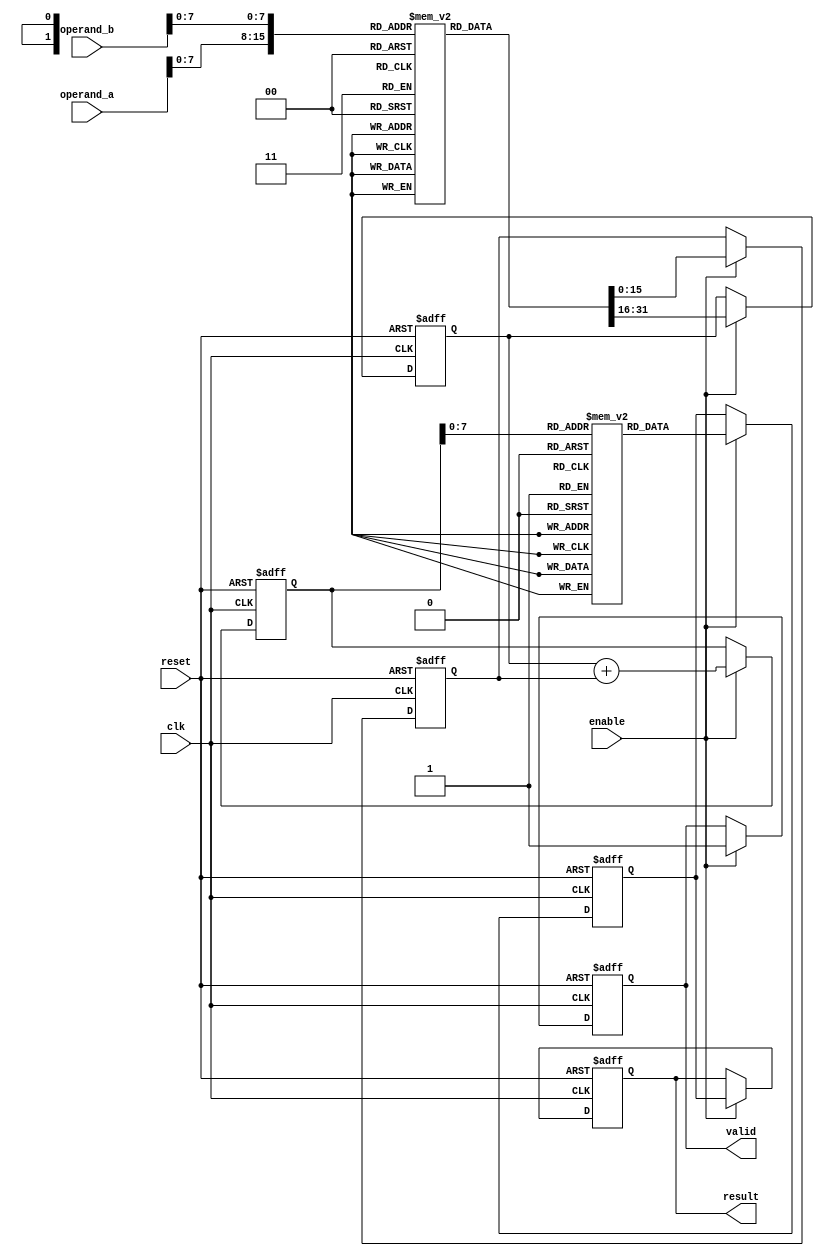
module LogarithmicMultiplier (
    input wire clk,
    input wire reset,
    input wire enable,
    input wire [15:0] operand_a, // input operand A
    input wire [15:0] operand_b, // input operand B
    output reg [31:0] result,     // output result
    output reg valid               // output valid signal
);

// Logarithm and Exponential LUTs (example values for base 2)
reg [15:0] log_lut [0:255]; // Logarithm Lookup Table
reg [31:0] exp_lut [0:255]; // Exponential Lookup Table

// Initialize LUTs (this should be done in a separate initialization block)
initial begin
    // Fill logarithm LUT (base 2) for 0 to 255
    // log_lut[i] = log2(i) * scale_factor (scale_factor for fixed-point representation)
    // Example values, you would need to compute these for your specific base and precision
    log_lut[0] = 16'hFFFF; // log(0) is undefined
    // ... Fill with appropriate logarithm values ...
    
    // Fill exponential LUT (base 2)
    // exp_lut[i] = 2^i (scaled appropriately)
    // Example values, you would need to compute these for your specific base and precision
    exp_lut[0] = 32'h00000001; // 2^0
    // ... Fill with appropriate exponential values ...
end

// Internal signals
reg [15:0] log_a; // Logarithm of operand A
reg [15:0] log_b; // Logarithm of operand B
reg [15:0] log_sum; // Sum of logarithms
reg [31:0] exp_result; // Result after exponential conversion

// Logarithmic conversion
always @(posedge clk or posedge reset) begin
    if (reset) begin
        log_a <= 16'h0;
        log_b <= 16'h0;
        log_sum <= 16'h0;
        exp_result <= 32'h0;
        result <= 32'h0;
        valid <= 1'b0;
    end else if (enable) begin
        log_a <= log_lut[operand_a[7:0]]; // Get log of operand A
        log_b <= log_lut[operand_b[7:0]]; // Get log of operand B
        log_sum <= log_a + log_b; // Add logarithms
        exp_result <= exp_lut[log_sum[7:0]]; // Get exponential of the sum
        result <= exp_result; // Set the result
        valid <= 1'b1; // Indicate valid output
    end
end

endmodule